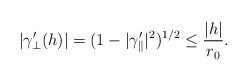
LaTeX: \begin{align*}|\gamma_\perp' (h)| = (1 - |\gamma_\parallel ' |^2)^{1/2} \le \frac{|h|}{r_0} .\end{align*}